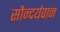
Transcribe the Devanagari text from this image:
सौन्दर्यवान